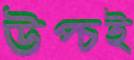
উপ্‌চই